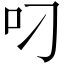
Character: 叼